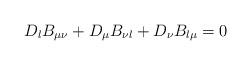
\begin{align*}D_{\l} B_{\mu\nu} + D_{\mu} B_{\nu\l} + D_{\nu} B_{\l\mu} = 0\end{align*}